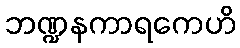
ဘဏ္ဍနကာရကေဟိ